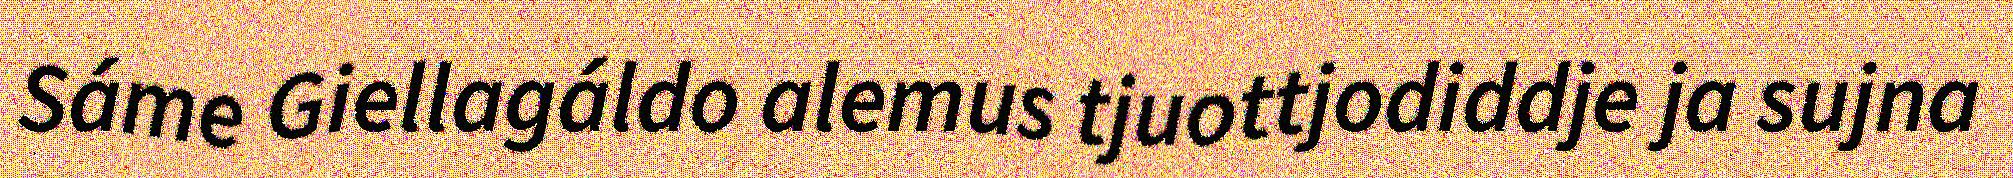
Sáme Giellagáldo alemus tjuottjodiddje ja sujna